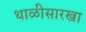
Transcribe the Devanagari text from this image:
थाळीसारखा